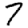
Digit: 7